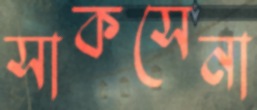
সাকসেনা